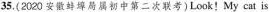
35.(2020 安散埠局属初中第二次联考)Look!My cat is